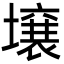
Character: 壌